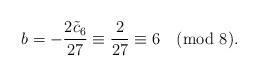
LaTeX: \begin{align*} b = - \frac{2 \tilde{c}_6}{27} \equiv \frac{2}{27} \equiv 6 \pmod{8}.\end{align*}